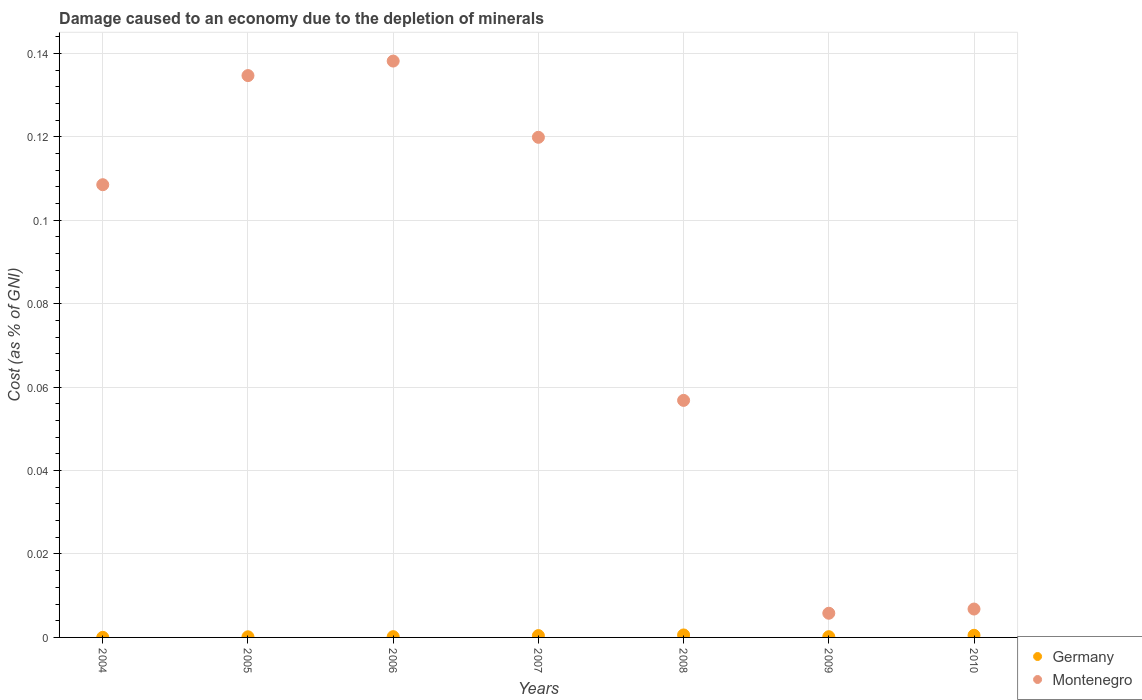
| Years | Germany | Montenegro |
 | --- | --- | --- |
 | 2004 | 1.93e-05 | 0.109 |
 | 2005 | 0.000149 | 0.135 |
 | 2006 | 0.000182 | 0.138 |
 | 2007 | 0.000438 | 0.12 |
 | 2008 | 0.000595 | 0.0568 |
 | 2009 | 0.000176 | 0.0058 |
 | 2010 | 0.000511 | 0.00681 |